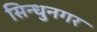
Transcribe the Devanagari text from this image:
सिन्धुनगर